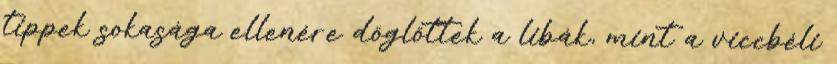
tippek sokasága ellenére döglöttek a libák, mint a viccbéli